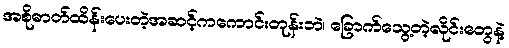
အစိုဓာတ်ထိန်းပေးတဲ့အဆင့်ကကောင်းတုန်းဘဲ၊ ခြောက်သွေ့တဲ့လိုင်းတွေနဲ့